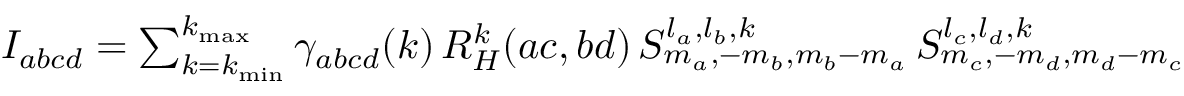
\begin{array} { r } { I _ { a b c d } = \sum _ { k = k _ { \mathrm { m i n } } } ^ { k _ { \mathrm { m a x } } } \gamma _ { a b c d } ( k ) \, R _ { H } ^ { k } ( a c , b d ) \, S _ { m _ { a } , - m _ { b } , m _ { b } - m _ { a } } ^ { l _ { a } , l _ { b } , k } \, S _ { m _ { c } , - m _ { d } , m _ { d } - m _ { c } } ^ { l _ { c } , l _ { d } , k } } \end{array}